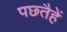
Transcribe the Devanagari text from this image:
पछ्तैहें